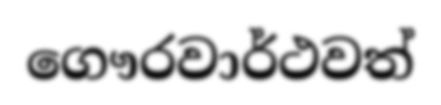
ගෞරවාර්ථවත්